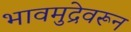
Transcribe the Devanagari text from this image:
भावमुद्रेवरून